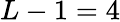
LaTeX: L-1=4